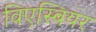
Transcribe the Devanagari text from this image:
विएस्बियर